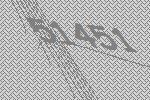
51451